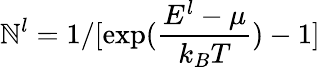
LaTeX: \mathbb{N}_{}^{l}=1/[\exp(\frac{{E^{l}-\mu}}{{k_{B}T}})-1]